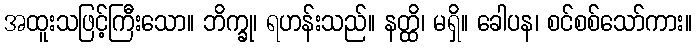
အထူးသဖြင့်ကြီးသော။ ဘိက္ခု၊ ရဟန်းသည်။ နတ္ထိ၊ မရှိ။ ခေါပန၊ စင်စစ်သော်ကား။